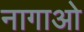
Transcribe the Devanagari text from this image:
नागाओ